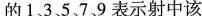
的1、3、5、7、9表示射中该